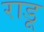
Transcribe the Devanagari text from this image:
राडू